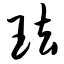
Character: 珐